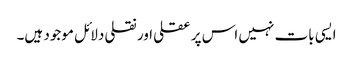
ایسی بات نہیں اس پر عقلی اور نقلی دلائل موجود ہیں۔